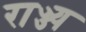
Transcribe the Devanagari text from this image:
राज्ज्य